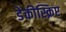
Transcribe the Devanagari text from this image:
डेकीस्क्रिप्ट